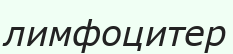
лимфоцитер